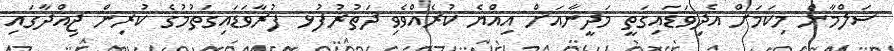
ސަލްމާން މިކަމަށް އެދިވަޑައިގަތީ މަދީނާއަށް އިއްޔެ ކުރެއްވެވި ދަތުރުފުޅ ފުރާވަޑައިގަތުމުގެ ކުރިން ޖިއްދާގައި